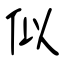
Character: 似